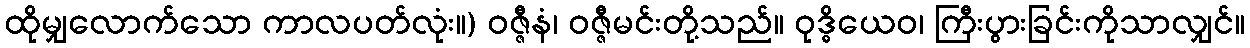
ထိုမျှလောက်သော ကာလပတ်လုံး။) ဝဇ္ဇီနံ၊ ဝဇ္ဇီမင်းတို့သည်။ ဝုဒ္ဓိယေဝ၊ ကြီးပွားခြင်းကိုသာလျှင်။